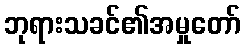
ဘုရားသခင်၏အမှုတော်